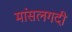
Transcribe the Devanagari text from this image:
मांसलगदी